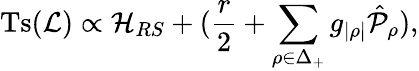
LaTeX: \mathrm{Ts}({\cal L})\propto{\cal H}_{RS}+({\frac{r}{2}}+\sum_{\rho\in\Delta_{+}}g_{|\rho|}\hat{\cal P}_{\rho}),